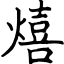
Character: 熺